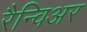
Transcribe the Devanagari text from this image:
रैन्विअर